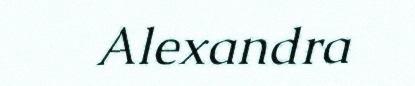
Alexandra